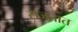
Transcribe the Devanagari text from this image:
सजतात